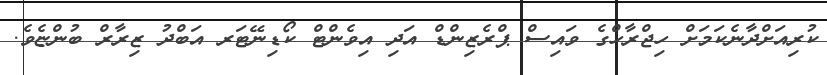
ކުރިއަށްދާނެކަމަށް ހިޖްރާހްގެ ވައިސް ޕްރެޒިންޑް އަދި އިވެންޓް ކޯޑިނޭޓަރ އަބްދު ޒިރާރް ބުންޏެވެ.